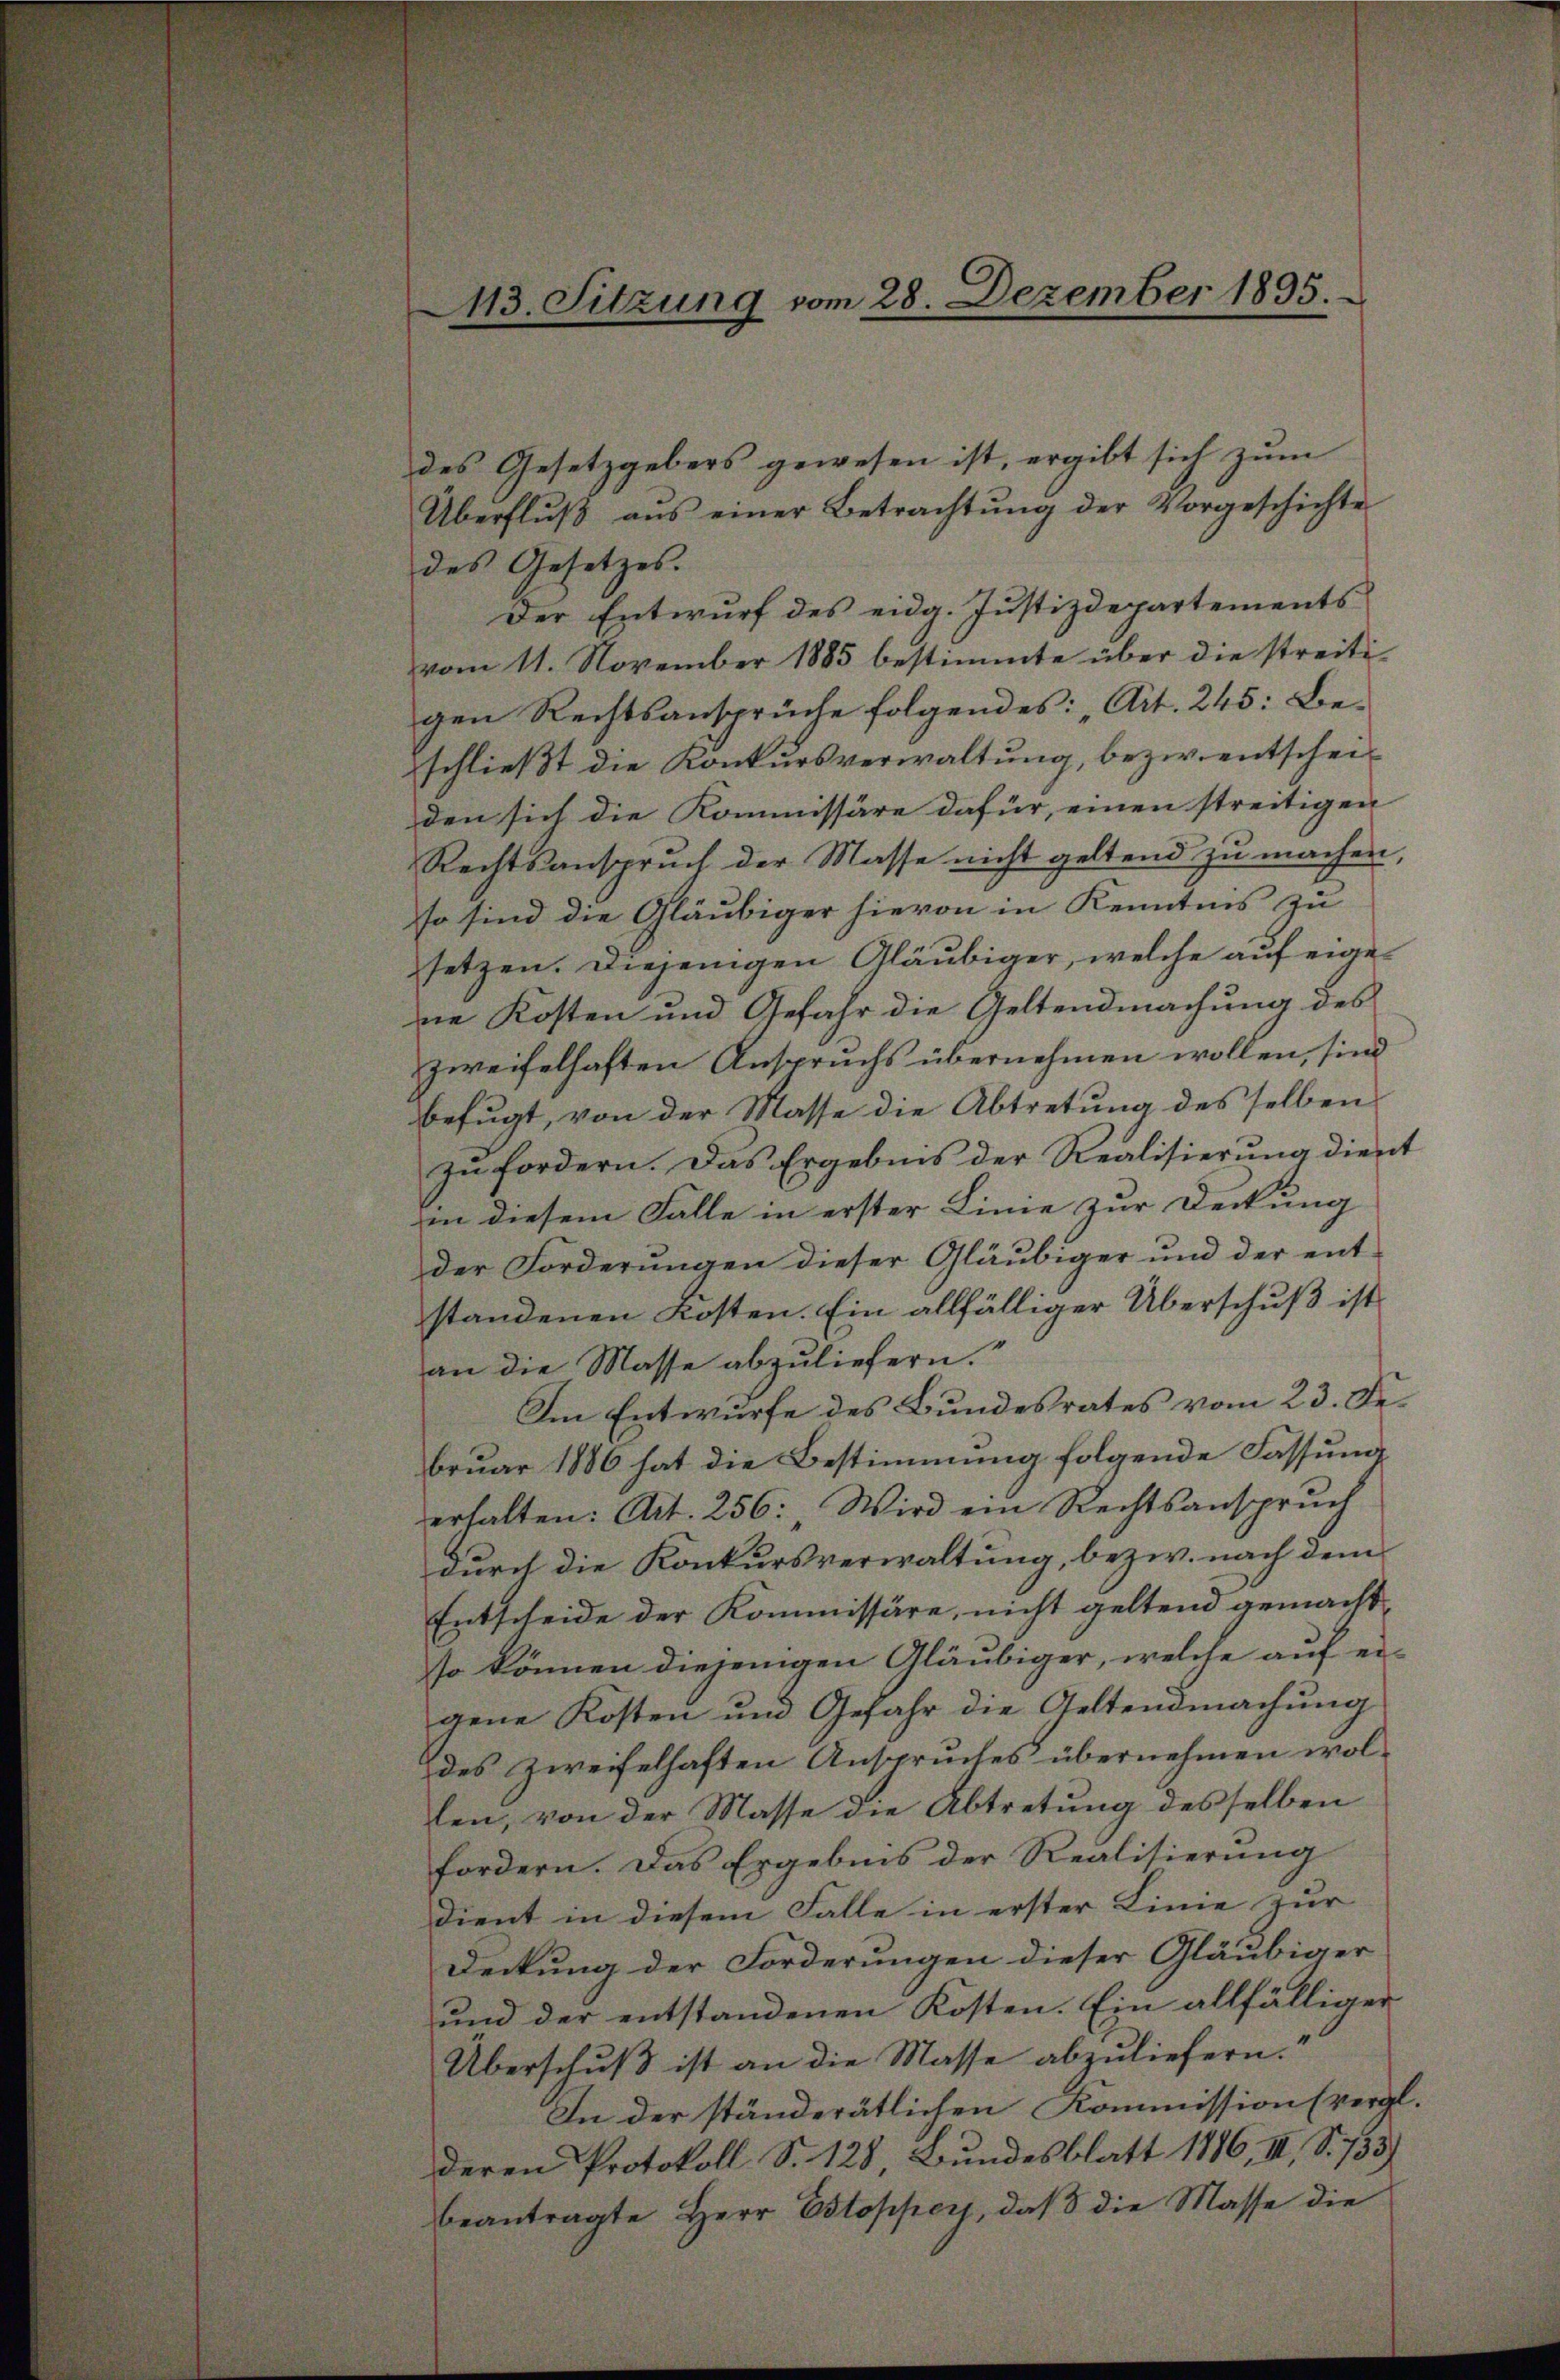
113. Sitzung vom 28. Dezember 1895.

des Gesetzgebers gewesen ist, ergibt sich zum
Überflŭβ ans einer Betrachtŭng der Vorgeschichte
des Gesetzes.
Der Entwurf des eidg. Justizdepartements
vom 11. November 1885 bestimmte über die streitigen Rechtsansprüche folgendes: „Art. 245: Beschließt die Konkursverwaltung, bezw. entscheiden sich die Kommissäre dafür, einen streitigen
Rechtsanspruch der Masse nicht geltend zu machen,
so sind die Gläubiger hievon in Kenntnis zu
setzen. Diejenigen Gläubiger, welche auf eigene Kosten und Gefahr die Geltendmachung des
zweifelhaften Anspruchs übernehmen wollen, sind
befugt, von der Masse die Abtretung des selben
zu fordern. Das Ergebnis der Realisierung dient
in diesem Falle in erster Linie zur Deckung
der Forderungen dieser Gläubiger und der ent-
standenen Kosten. Ein allfälliger Überschuß ist
an die Masse abzuliefern.
Im Entwurfe des Bundesrates vom 23. Fe
bruar 1886 hat die Bestimmung folgende Fassung
erhalten: Art. 256: „Wird ein Rechtsanspruch
durch die Konkursverwaltung, bezw. nach dem
Entscheide der Kommissäre, nicht geltend gemacht
so können diejenigen Gläubiger, welche auf eigene Kosten und Gefahr die Geltendmachung
des zweifelhaften Anspruches übernehmen wollen, von der Masse die Abtretung desselben
fordern. Das Ergebnis der Realisierung
dient in diesem Falle in erster Linie zur
Deckung der Forderungen dieser Gläubiger
und der entstandenen Kosten. Ein allfälliger
Überschuß ist an die Masse abzuliefern.“
In der ständerätlichen Kommission (vergl.
deren Protokoll S. 128, Bundesblatt 1886, III, S. 733)
beantragte Herr Estopper, daß die Masse die